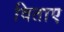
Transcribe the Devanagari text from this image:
विताए